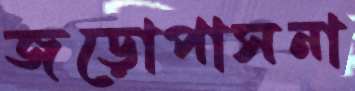
জড়োপাসনা